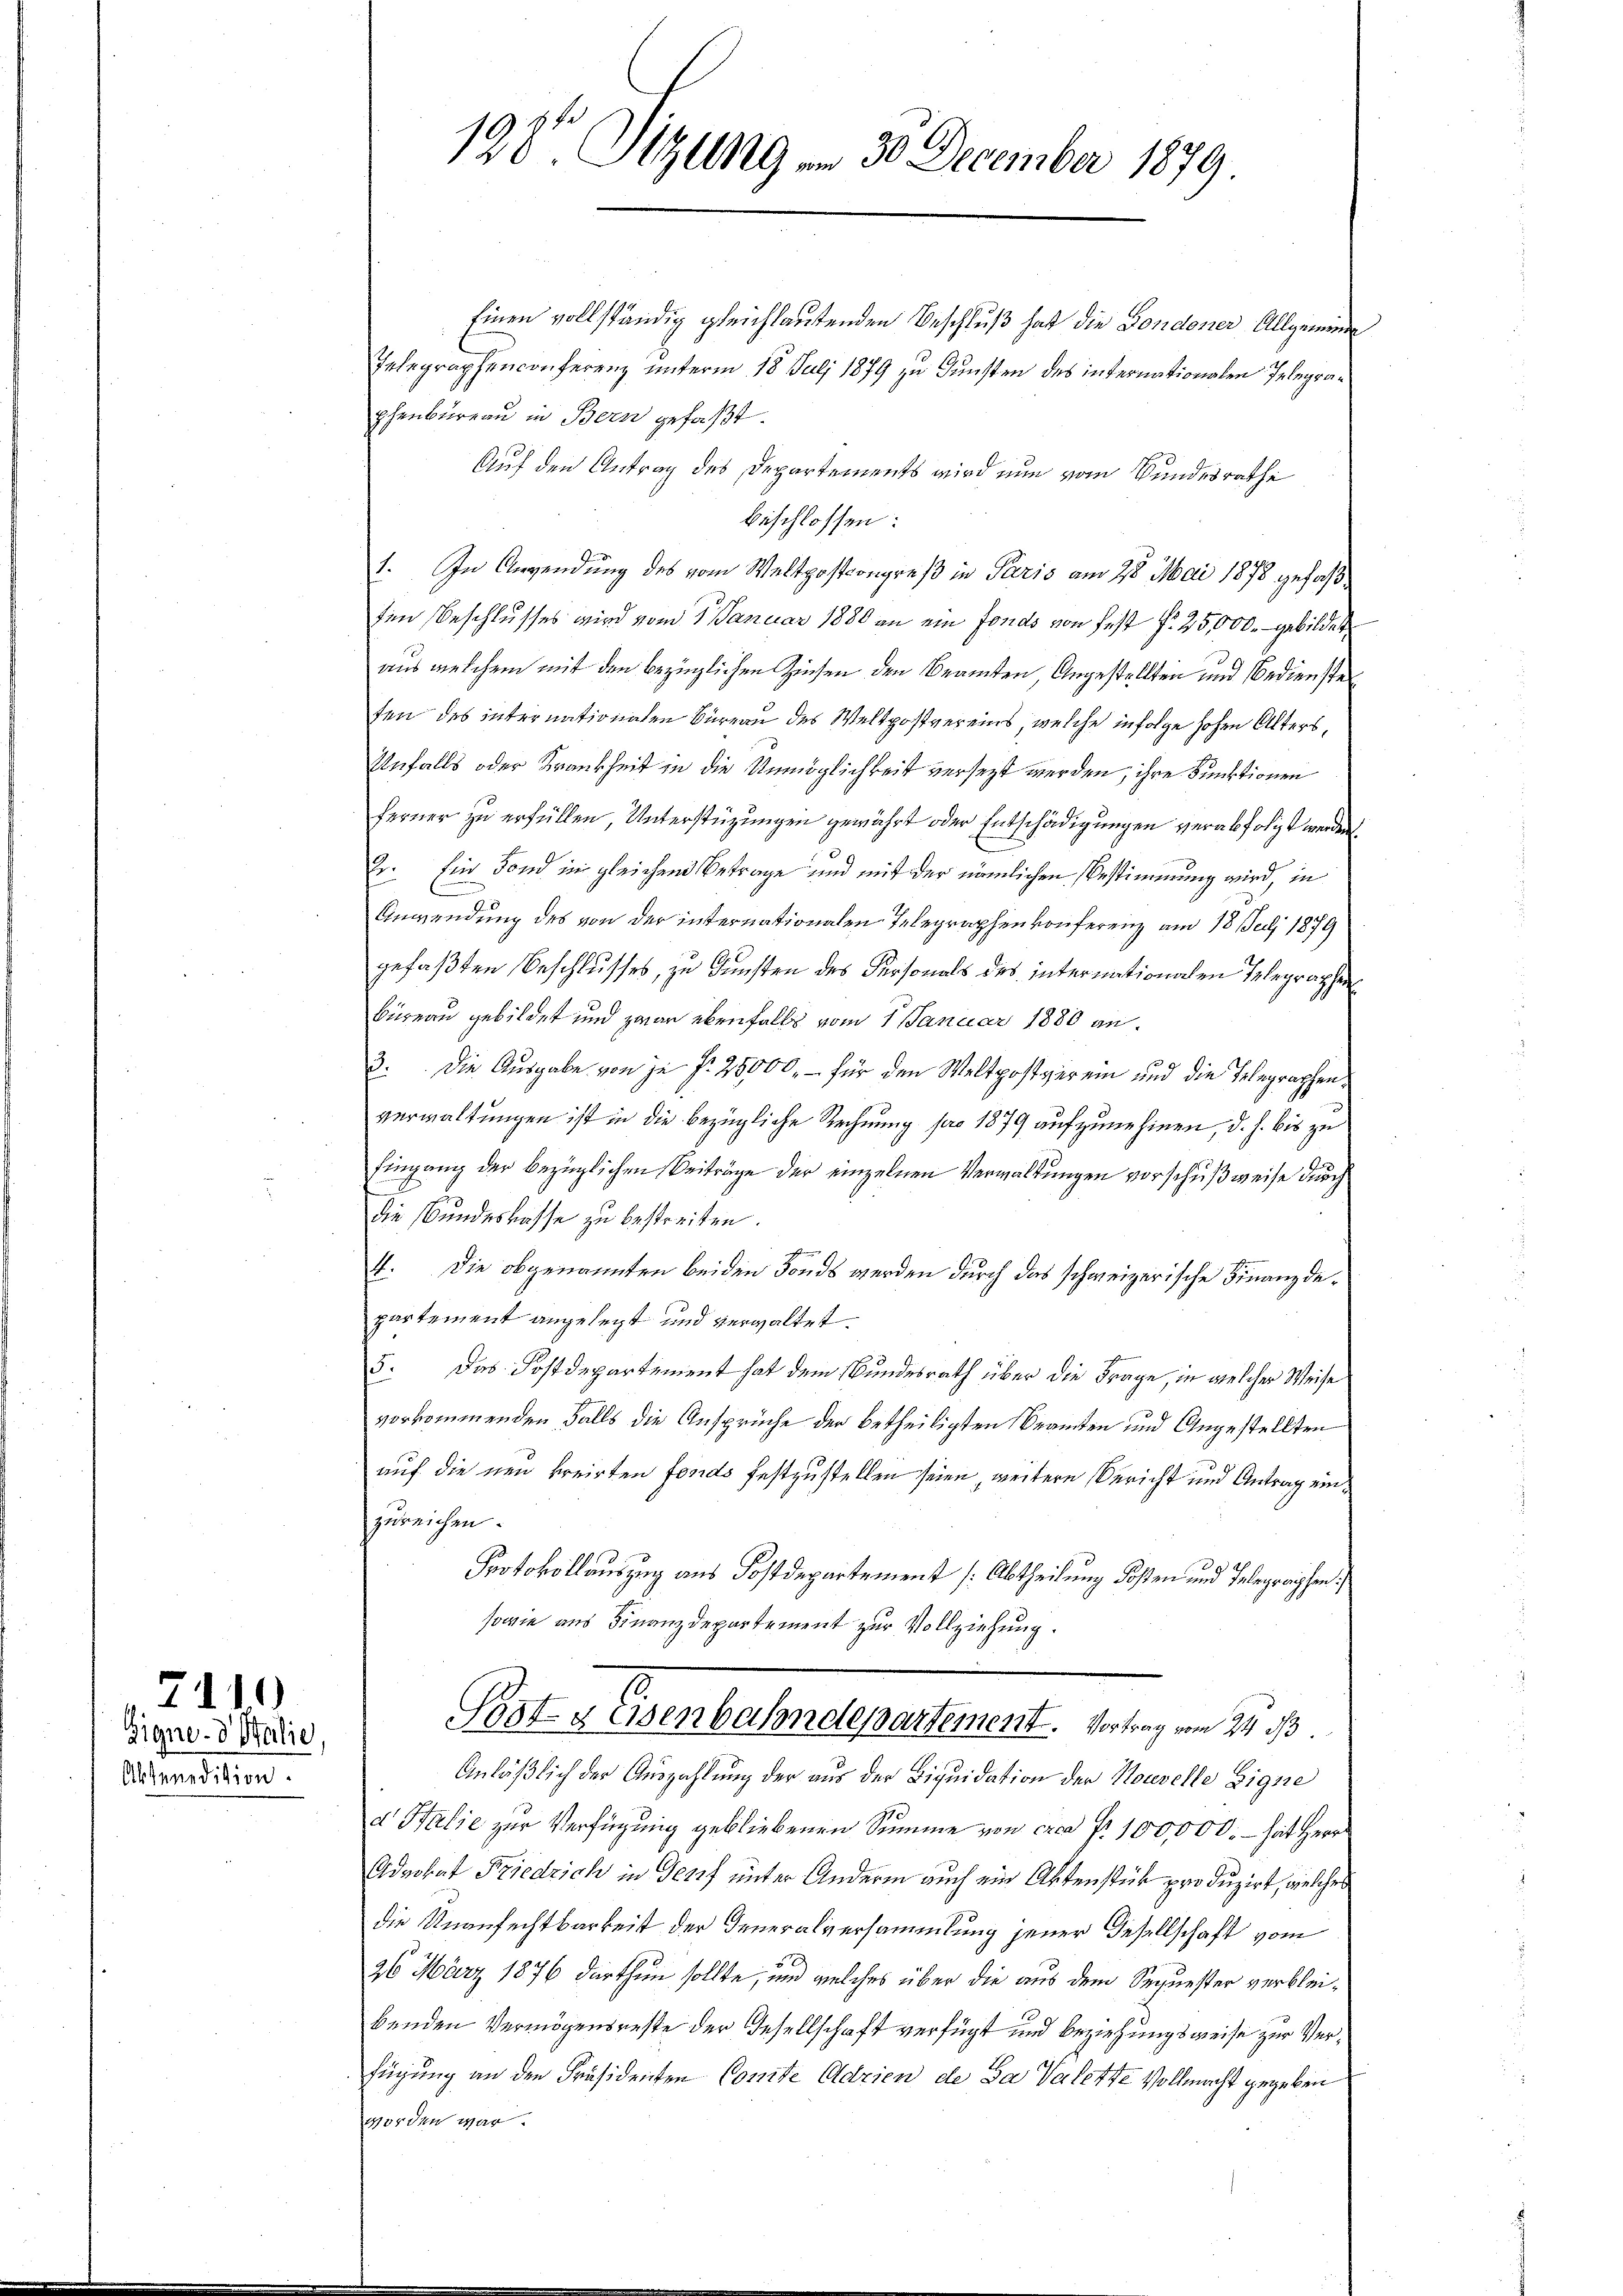
Aktenedition.

7110
Eigne-d Salie,

198te Sitzung v. 30. December 1879

Einen vollständig gleichlautenden Beschluß hat die Londoner Allgemeine
Telegraphenconferenz unterm 18. Juli 1879 zu Dunsten des internationalen Telegraphenbureau in Bern gefaßt.
Auf den Antrag des Departements wird nun vom Bundesrathe
beschlossen:
1. In Anwendung des vom Weltpostongreß in Paris am 28. Mai 1878 gefaßten Beschlusses wird vom 1. Januar 1880 an ein Fonds von fest f. 25,000.- gebildet
aus welchem mit den bezüglichen Zinsen den Beamten Angestellten und Bedienste
ten des internationalen Büreau des Weltpostvereins, welche infolge hohen Alters,
Unfalls oder Krankheit in die Unmöglichkeit versezt werden, ihre Funktionen
ferner zu erfüllen, Unterstüzungen gewährt oder Entschädigungen verabfolgt werden.
Er. Ein Fond in gleichen Betrage und mit der nämlichen Bestimmung wird, in
Anwendung des von der internationalen Telegraphen konferenz am 18. Juli 1879
gefaßten Beschlusses, zu Gunsten des Personals des internationalen Telegraphen
Büreau gebildet und zwar ebenfalls vom 1 Januar 1880 an.
3. Die Ausgabe von je f. 25000.- für den Weltpostverein und die Telegraphenverwaltungen ist in die bezügliche Rechnung pro 1879 aufzunehmen, d. h. bis zu
Eingang der bezüglichen Beiträge der einzelnen Verwaltungen vorschußweise durch
die Bundeskasse zu bestreiten.
4. Die obgenannten beiden Fonds werden durch das schweizerische Finanzdepartement angelegt und verwaltet.
5: Das Postdepartement hat dem Bundesrath über die Frage, in welcher Weise
vorkommenden Falls die Ansprüche der betheiligten Beamten und Angestellten
auf die neu breiten Fonds festzustellen seien, weitere Bericht und Antrag einzureichen.
Protokollauszug aus Postdepartement (Abtheilung Kosten und Telegraphen
sowie aus Finanzdepartement zur Vollziehung.
Post- & Eisenbahndepartement. Vortrag vom 24. ds.
Anläßlich der Auszahlung der aus der Liquidation der Nouvelle Eigne
d Balić zur Verfügung gebliebenen Summe von crea f. 100,000. – hat Herrn
Advokat Friedrich in Genf unter Andern auch ein Aktenstück produzirt, welcher
die Unanfechtbarkeit der Generalversammlung jener Gesellschaft vom
26 März 1876 darthun sollte, und welches über die aus dem Sequester verbleibenden Vermögensreste der Gesellschaft verfügt und beziehungsweise zur Verfügung an den Präsidenten Conte Adrien de da Valette Vollmacht gegeben
worden war.